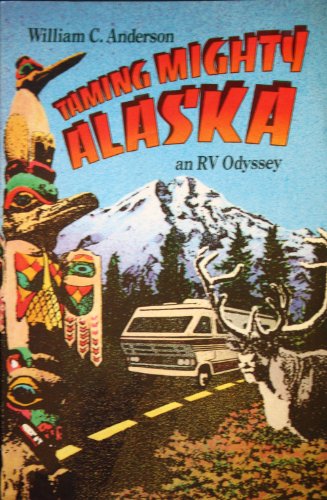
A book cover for Taming Mighty Alaska: An Rv Odyssey; William C. Anderson; Travel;